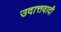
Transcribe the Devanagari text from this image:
उदात्तवादी